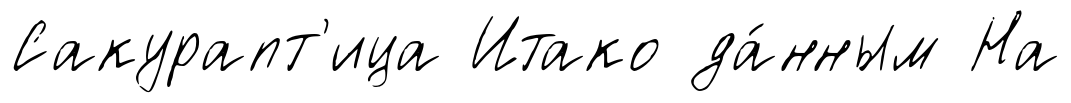
Сакурапт'ица Итако да́нным На